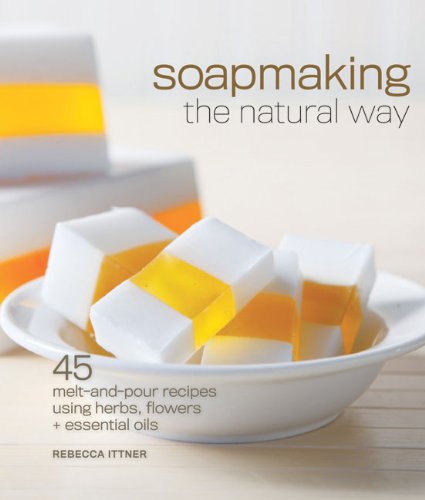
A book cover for Soapmaking the Natural Way: 45 Melt-and-Pour Recipes Using Herbs, Flowers & Essential Oils; Rebecca Ittner; Crafts, Hobbies & Home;